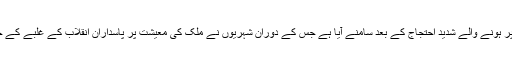
یہ اقدام عوامی سطح پر ہونے والے شدید احتجاج کے بعد سامنے آیا ہے جس کے دوران شہریوں نے ملک کی معیشت پر پاسداران انقلاب کے غلبے کے خاتمے کا مطالبہ کیا۔